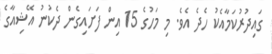
ގައިދުރުކަމާއެކު ހެދެ އެވެ. މި މަހުގެ 15 އިން ފަށައިގެން ދެކުނު އޭޝިއާގެ